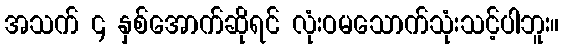
အသက် ၄ နှစ်အောက်ဆိုရင် လုံးဝမသောက်သုံးသင့်ပါဘူး။